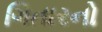
ગિતારનો